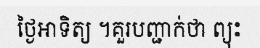
ថ្ងៃអាទិត្យ ។គួរបញ្ជាក់ថា ព្យុះ